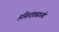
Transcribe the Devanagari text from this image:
हस्तिदंतासारखे